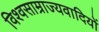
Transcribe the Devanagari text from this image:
विश्वसाम्राज्यवादियों